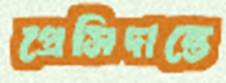
প্রেসিদান্তে